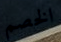
الخصم